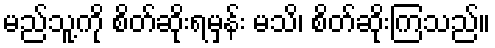
မည်သူ့ကို စိတ်ဆိုးရမှန်း မသိ၊ စိတ်ဆိုးကြသည်။